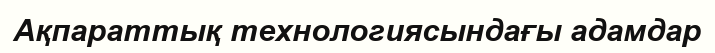
Ақпараттық технологиясындағы адамдар